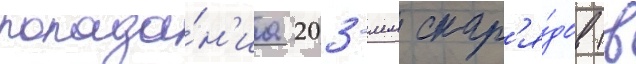
попада́н'иа 203-мм снар'я́дов (в